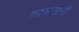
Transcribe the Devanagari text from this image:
शासनानी